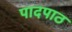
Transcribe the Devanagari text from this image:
पादपाठ